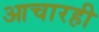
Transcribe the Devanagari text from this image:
आचारही